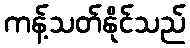
ကန့်သတ်နိုင်သည်